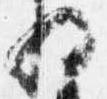
将